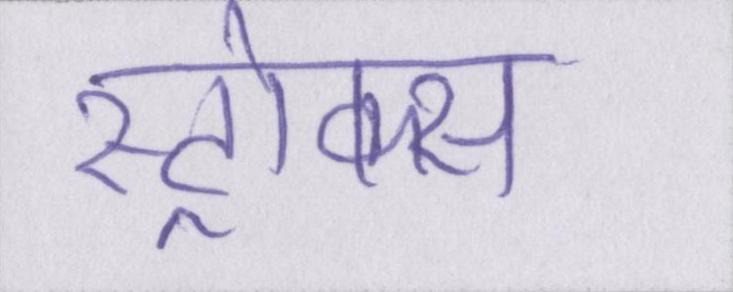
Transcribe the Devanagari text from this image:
स्ट्रोक्स